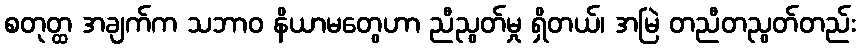
စတုတ္ထ အချက်က သဘာဝ နိယာမတွေဟာ ညီညွတ်မှု ရှိတယ်၊ အမြဲ တညီတညွတ်တည်း